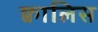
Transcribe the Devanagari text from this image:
क्वालिस